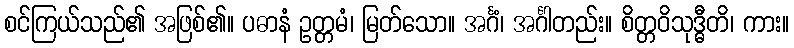
စင်ကြယ်သည်၏ အဖြစ်၏။ ပဓာနံ ဥတ္တမံ၊ မြတ်သော။ အင်္ဂံ၊ အင်္ဂါတည်း။ စိတ္တဝိသုဒ္ဓီတိ၊ ကား။